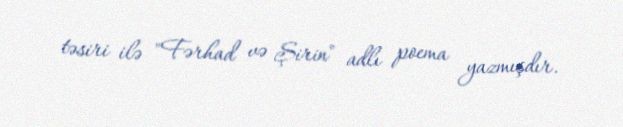
təsiri ilə "Fərhad və Şirin" adlı poema yazmışdır.